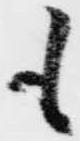
も